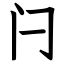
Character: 闩